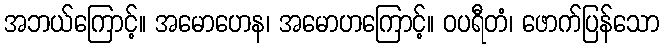
အဘယ်ကြောင့်။ အမောဟေန၊ အမောဟကြောင့်။ ဝပရီတံ၊ ဖောက်ပြန်သော